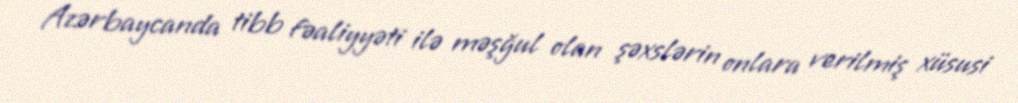
Azərbaycanda tibb fəaliyyəti ilə məşğul olan şəxslərin onlara verilmiş xüsusi